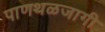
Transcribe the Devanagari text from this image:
पाणथळजागी